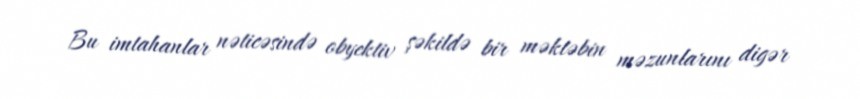
Bu imtahanlar nəticəsində obyektiv şəkildə bir məktəbin məzunlarını digər